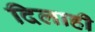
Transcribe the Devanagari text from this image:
दिलाही